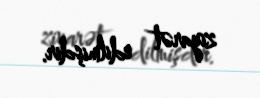
ziyarət edilmişdir.